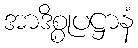
အာဒိစ္စုပဋ္ဌာနံ